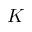
K